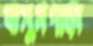
বামুনপাড়া